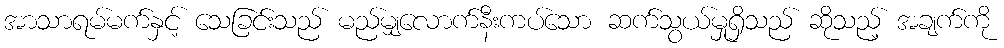
အာသာရမ်မက်နှင့် သေခြင်းသည် မည်မျှလောက်နီးကပ်သော ဆက်သွယ်မှုရှိသည် ဆိုသည့် အချက်ကို